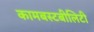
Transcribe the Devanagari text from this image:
कामबस्टबीलिटी